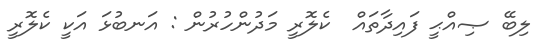
ލިބޭ ޞިއްޙީ ފައިދާތައް  ކެލޮރީ މަދުންހުރުން : އަނބުޅަ އަކީ ކެލޮރީ